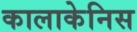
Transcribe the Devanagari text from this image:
कालाकेनिस